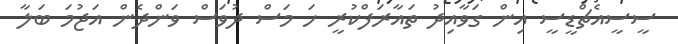
ސީސީއެޗްޑީސީ އިން ގަވާއިދު ތައާރަފްކުރީ ހަ މަސް ދުވަސް ވަންދެން އަޖުމަ ބަލާ